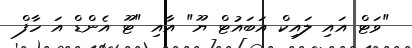
"ވަަޓް އައި ލައިކް އަބައުޓް ޔޫ" އާއި "ޓޫ އެންޑް އަ ހާފް